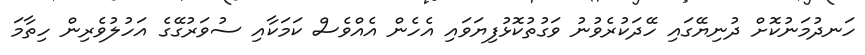
ހަނދުމަނުކޮށް ދުނިޔޭގައި ހޭދަކުރެވުނު ވަގުތުކޮޅުފިޔަވައި އެހެން އެއްވެސް ކަމަކާއި ސުވަރުގޭގެ އަހުލުވެރިން ހިތާމަ